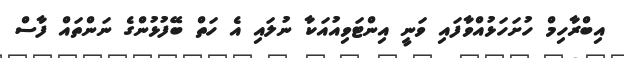
އިބްރާހިމް ހުށަހަޅުއްވާފައި ވަނީ އިންޓަވިއުއަކާ ނުލައި އެ ހަތް ބޭފުޅުންގެ ނަންތައް ފާސް